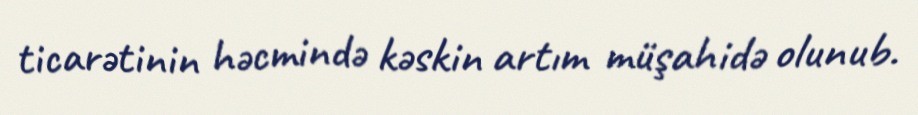
ticarətinin həcmində kəskin artım müşahidə olunub.